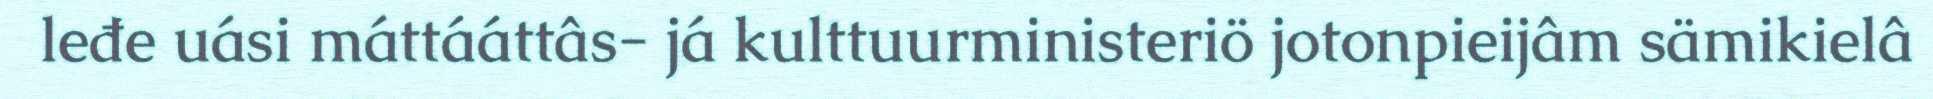
leđe uási máttááttâs- já kulttuurministeriö jotonpieijâm sämikielâ